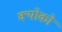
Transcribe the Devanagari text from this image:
क्योको